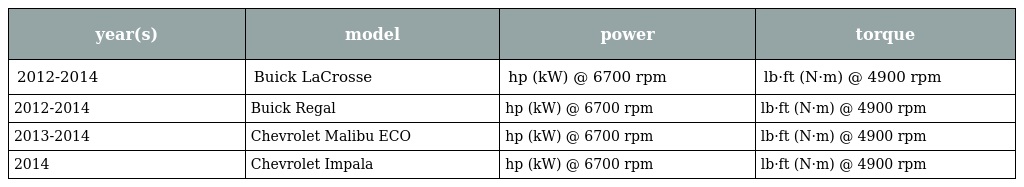
| year(s) | model | power | torque |
 | --- | --- | --- | --- |
 | 2012-2014 | Buick LaCrosse | hp (kW) @ 6700 rpm | lb·ft (N·m) @ 4900 rpm |
 | 2012-2014 | Buick Regal | hp (kW) @ 6700 rpm | lb·ft (N·m) @ 4900 rpm |
 | 2013-2014 | Chevrolet Malibu ECO | hp (kW) @ 6700 rpm | lb·ft (N·m) @ 4900 rpm |
 | 2014 | Chevrolet Impala | hp (kW) @ 6700 rpm | lb·ft (N·m) @ 4900 rpm |